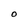
Character: O